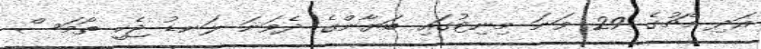
އަދި މެޗުގެ 29 ވަނަ މިނިޓުގައި ބަޔާންގެ ދެވަނަ ލަނޑު ޖެހީ ތޯމަސް